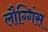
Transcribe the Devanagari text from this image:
लौग्गिंस